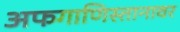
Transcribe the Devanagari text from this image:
अफगाणिस्तानावर